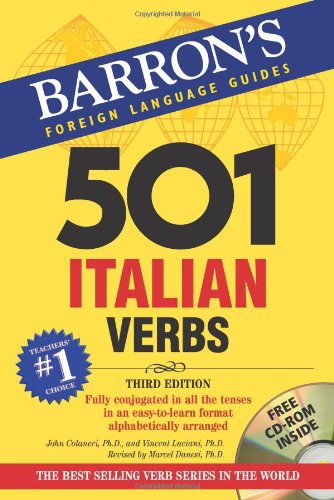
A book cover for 501 Italian Verbs: with CD-ROM (501 Verbs Series) (Italian and English Edition); John Colaneri; Travel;